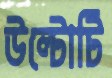
উল্টোটি